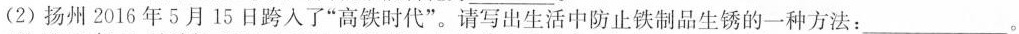
(2)扬州2016年5月15日跨入了”高铁时代”。请写出生活中防止铁制品生锈的一种方法：。